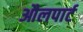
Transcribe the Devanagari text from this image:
औलपार्ट